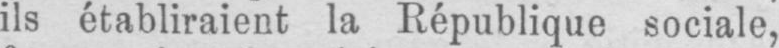
ils établiraient la République sociale,